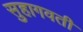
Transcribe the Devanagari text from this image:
सुहागवती